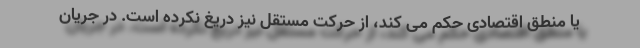
یا منطق اقتصادی حکم می کند، از حرکت مستقل نیز دریغ نکرده است. در جریان